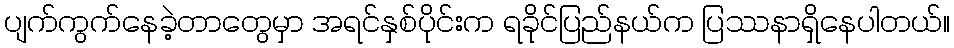
ပျက်ကွက်နေခဲ့တာတွေမှာ အရင်နှစ်ပိုင်းက ရခိုင်ပြည်နယ်က ပြဿနာရှိနေပါတယ်။